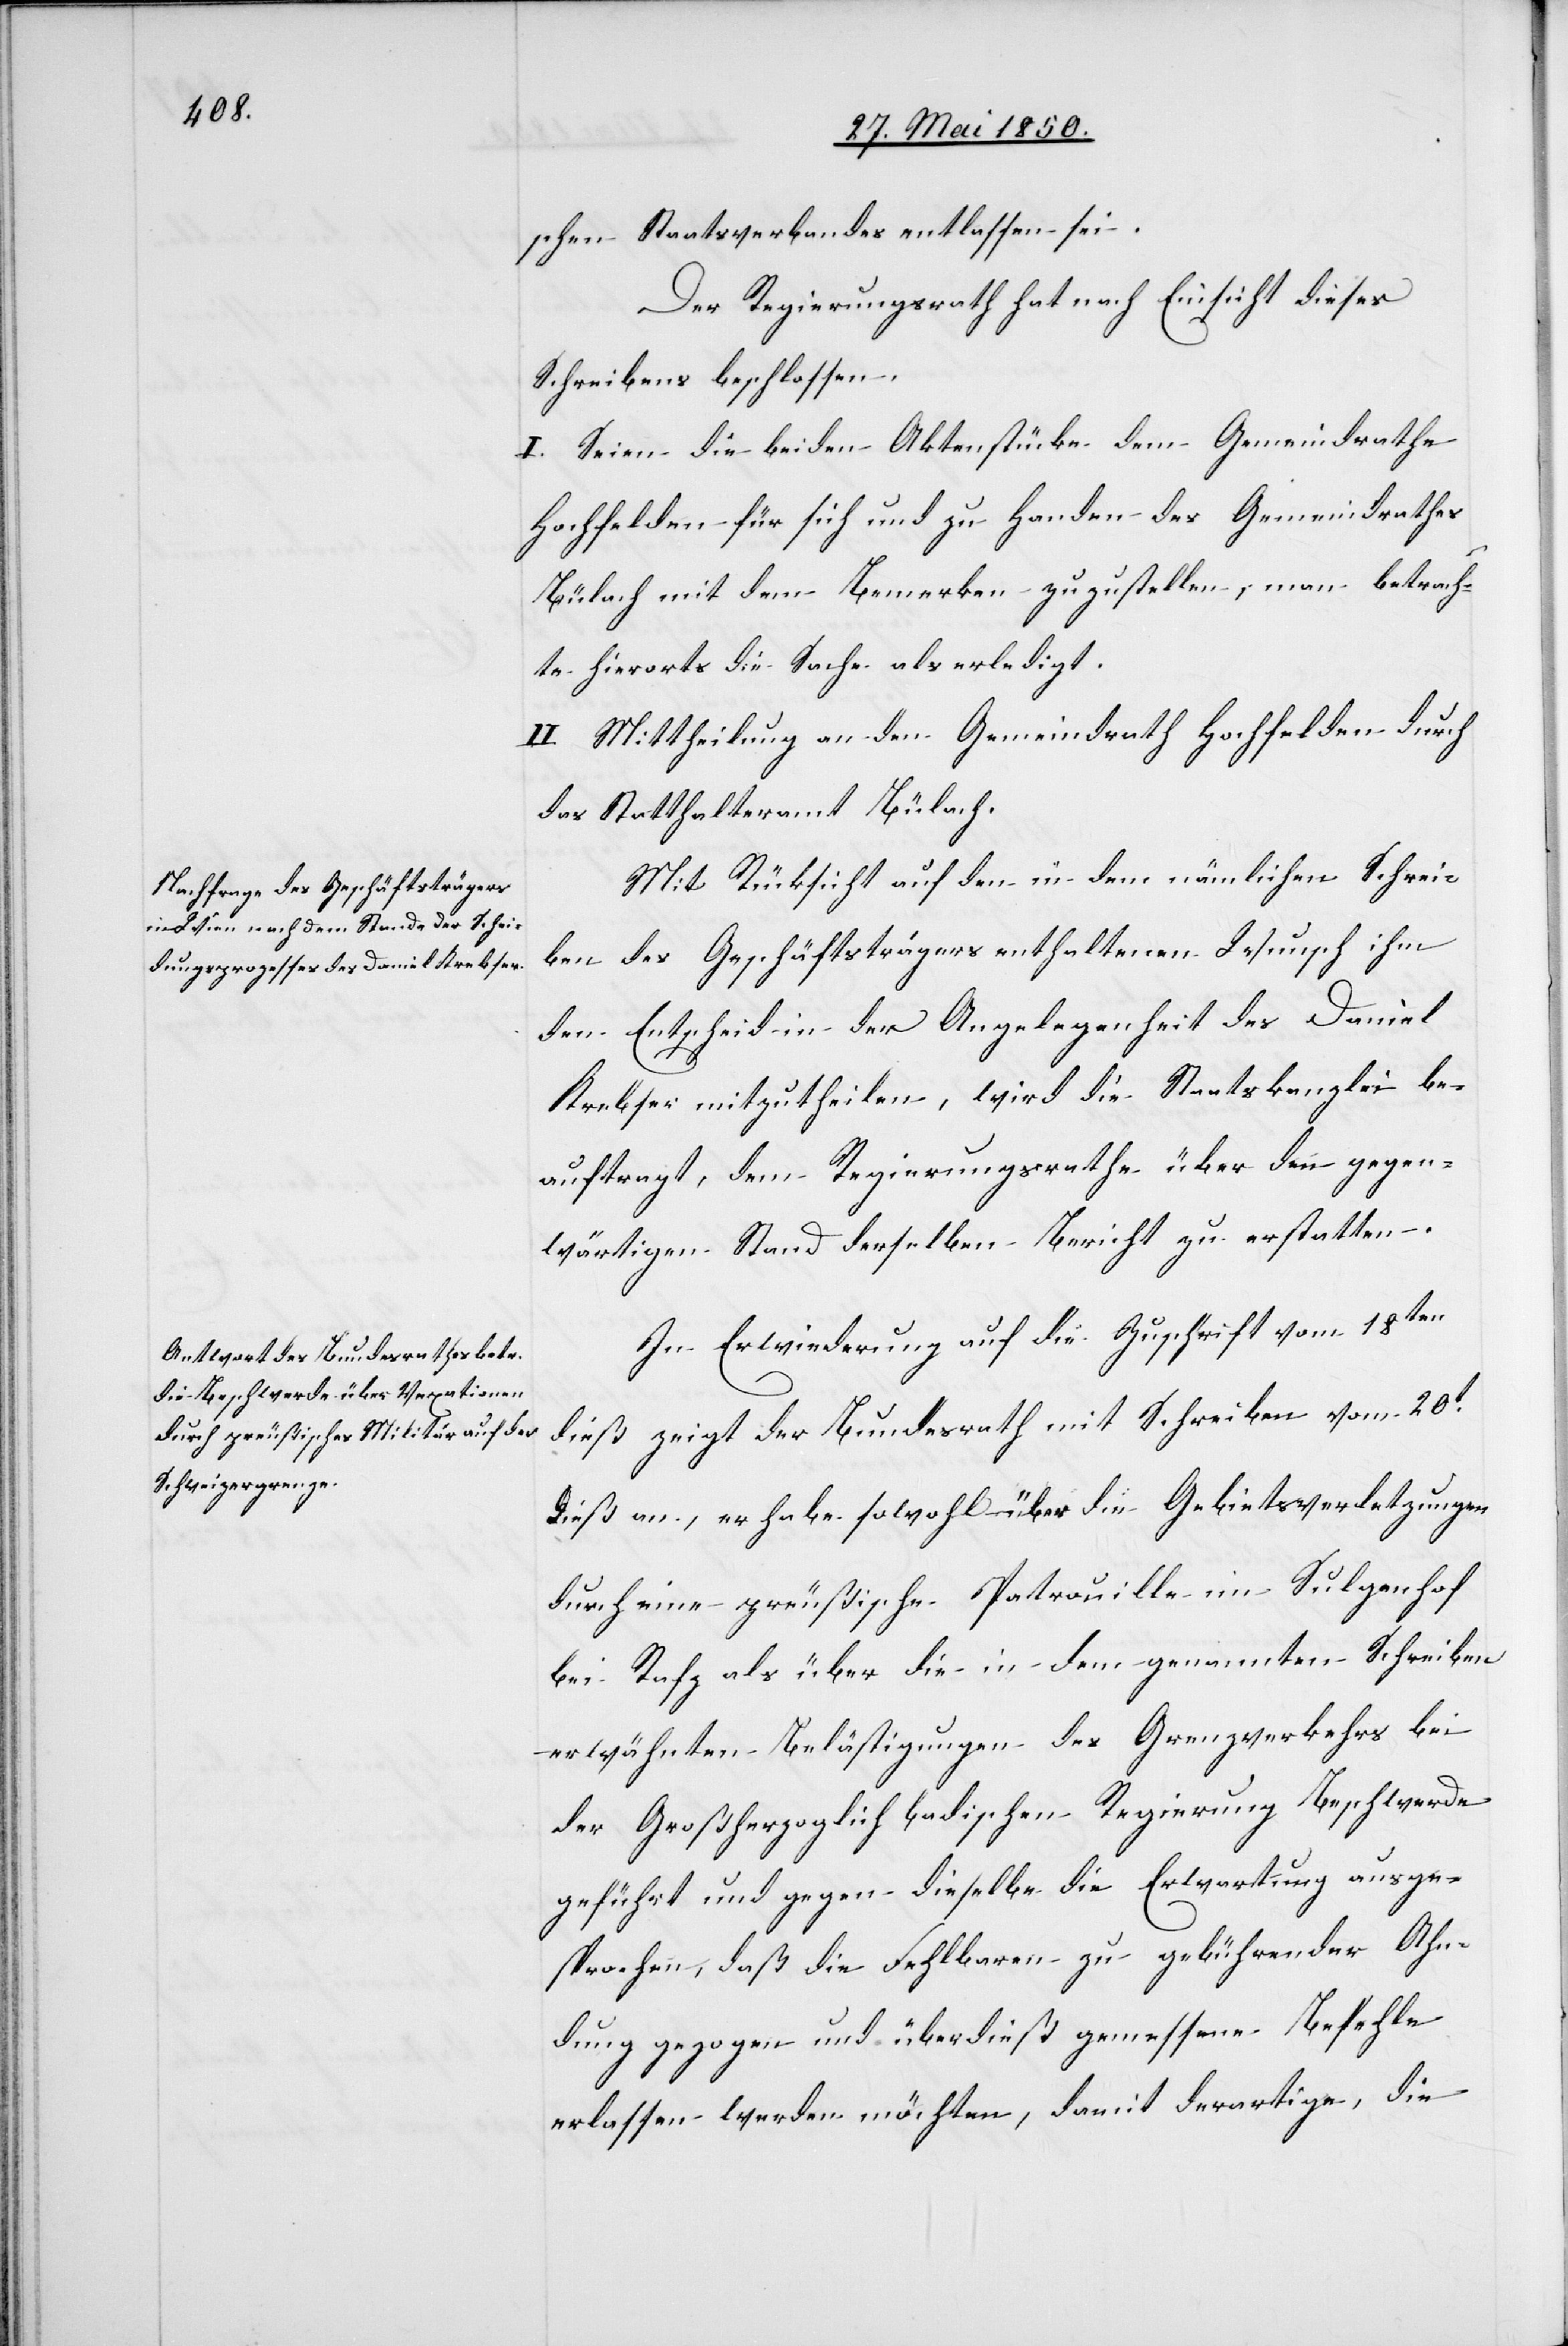
schen Staatsverbandes entlassen sei.
Der Regierungsrath hat nach Einsicht dieses
Schreibens beschlossen.
I. Seien die beiden Aktenstücke dem Gemeindrathe
Hochfelden für sich und zu Handen des Gemeindrathes
Bülach mit dem Bemerken zuzustellen, man betrach¬
te hierorts die Sache als erledigt.
II. Mittheilung an den Gemeindrath Hochfelden durch
das Statthalteramt Bülach.
Mit Rücksicht auf den in dem nämlichen Schrei¬
ben des Geschäftsträgers enthaltenen Wunsch ihm
den Entscheid in der Angelegenheit des Daniel
Krebser mitzutheilen, wird die Staatskanzlei be¬
auftragt, dem Regierungsrathe über den gegen¬
wärtigen Stand derselben Bericht zu erstatten.
In Erwiederung auf die Zuschrift vom 18ten
dieß zeigt der Bundesrath mit Schreiben vom 20t
dieß an, er habe sowohl über die Gebietsverletzungen
durch eine preußische Patrouille im Sulgenhof
bei Rafz als über die in dem genannten Schreiben
erwähnten Belästigungen des Grenzverkehrs bei
der Großherzoglich badischen Regierung Beschwerde
geführt und gegen dieselbe die Erwartung ausge¬
sprochen, daß die Fehlbaren zu gebührender Ahn¬
dung gezogen und überdieß gemessene Befehle
erlassen werden möchten, damit derartige, die